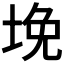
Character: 𰉲